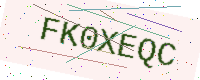
Text: FK0XEQC